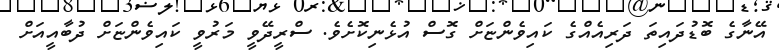
އޭނާގެ ބޮޑުދައިތަ ދަރިއެއްގެ ކައިވެންޏަށް ގޮސް އުޅެނިކޮށެވެ. ސްރީދޭވީ މަރުވީ ކައިވެންޏަށް ދުބާއީއަށް